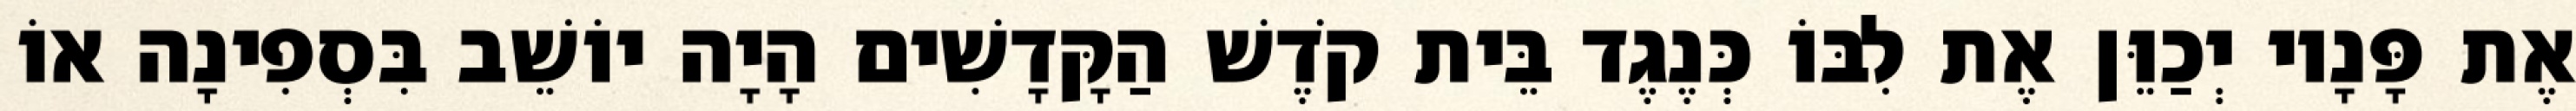
אֶת פָּנָיו יְכַוֵּן אֶת לִבּוֹ כְּנֶגֶד בֵּית קֹדֶשׁ הַקָּדָשִׁים הָיָה יוֹשֵׁב בִּסְפִינָה אוֹ